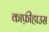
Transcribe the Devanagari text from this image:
काफ़ीहाउस